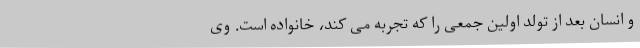
و انسان بعد از تولد اولین جمعی را که تجربه می کند، خانواده است. وی